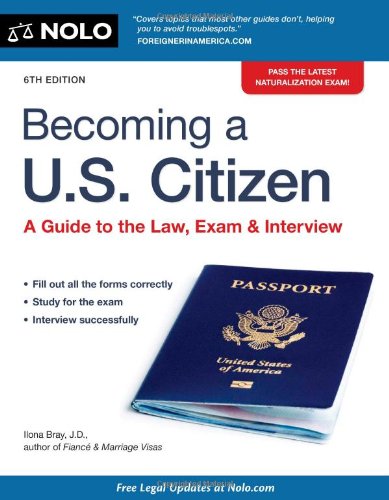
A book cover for Becoming a U.S. Citizen: A Guide to the Law, Exam & Interview; Ilona Bray; Test Preparation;